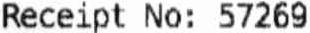
RECEIPT NO: 57269